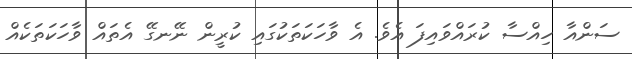
ސަންއާ ހިއްސާ ކުރައްވައިފަ އެވެ. އެ ވާހަކަތަކުގައި ކުރީން ނޭނގޭ އެތައް ވާހަކަތަކެއް